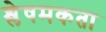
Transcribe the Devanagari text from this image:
श्लेषमकता